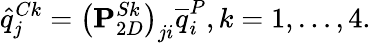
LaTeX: \hat{q}_{j}^{Ck}=\left(\mathbf{P}_{2D}^{Sk}\right)_{ji}\overline{{q}}_{i}^{P},k=1,\ldots,4.